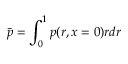
\bar { p } = \int _ { 0 } ^ { 1 } p ( r , x = 0 ) r d r